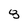
Character: 8